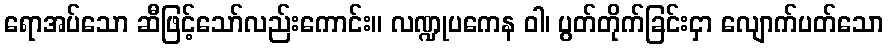
ရောအပ်သော ဆီဖြင့်သော်လည်းကောင်း။ လဏ္ဍုပကေန ဝါ၊ ပွတ်တိုက်ခြင်းငှာ လျောက်ပတ်သော